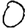
Digit: 0